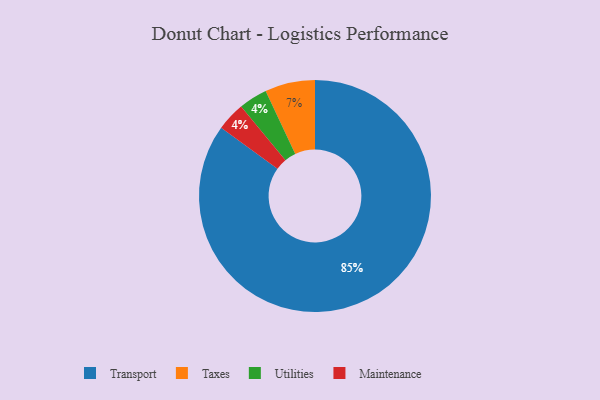
{"axis": {"x": "Category", "y": "Percentage"}, "legend": ["Maintenance", "Taxes", "Transport", "Utilities"], "data": [{"x": "Taxes", "y": 7, "type": "Taxes"}, {"x": "Utilities", "y": 4, "type": "Utilities"}, {"x": "Transport", "y": 85, "type": "Transport"}, {"x": "Maintenance", "y": 4, "type": "Maintenance"}]}